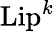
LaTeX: {\mathrm{Lip}}^{k}